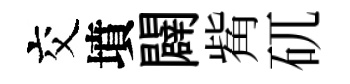
交墳闢觜矹